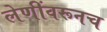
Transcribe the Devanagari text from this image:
लेणींवरूनच